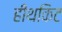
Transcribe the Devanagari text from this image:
हीथकिट